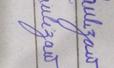
Signature authenticity: forged